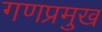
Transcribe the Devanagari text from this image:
गणप्रमुख